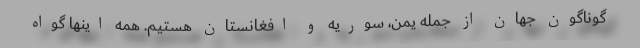
گوناگون جهان از جمله یمن، سوریه و افغانستان هستیم. همه اینها گواه